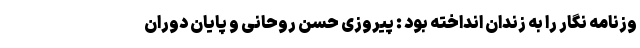
وزنامه نگار را به زندان انداخته بود : پیروزی حسن روحانی و پایان دوران